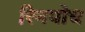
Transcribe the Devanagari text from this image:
रिनपोच